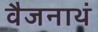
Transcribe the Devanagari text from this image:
वैजनाथं